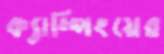
ক্যাম্পিংয়ের